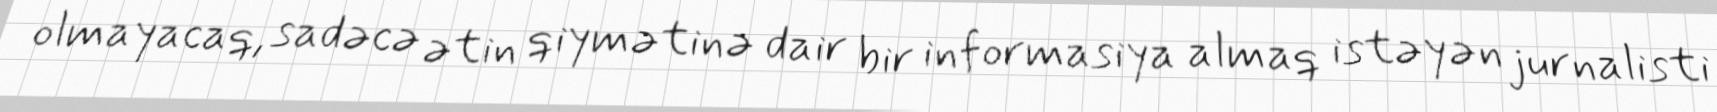
olmayacaq, sadəcə ətin qiymətinə dair bir informasiya almaq istəyən jurnalisti